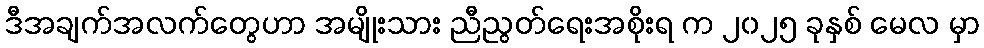
ဒီအချက်အလက်တွေဟာ အမျိုးသား ညီညွတ်ရေးအစိုးရ က ၂၀၂၅ ခုနှစ် မေလ မှာ